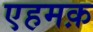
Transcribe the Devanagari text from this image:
एहमक़